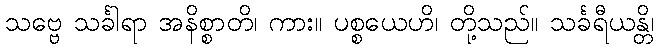
သဗ္ဗေ သင်္ခါရာ အနိစ္စာတိ၊ ကား။ ပစ္စယေဟိ၊ တို့သည်။ သင်္ခရီယန္တိ၊